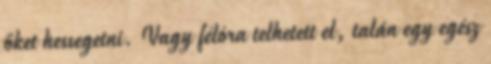
őket hessegetni. Vagy félóra telhetett el, talán egy egész